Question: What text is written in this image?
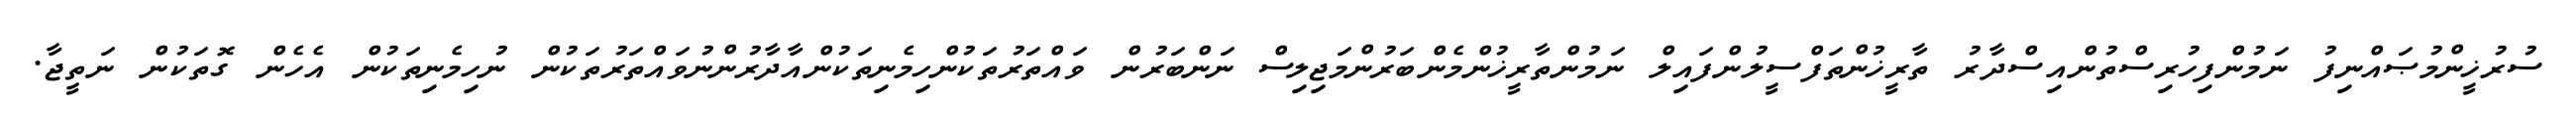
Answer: ސުރުޚީންމުޞައްނިފު ނަމުންފިހުރިސްތުންއިސްދާރު ތާރީޚުންތަފްސީލުންފައިލް ނަމުންތާރީޚުންމެންބަރުންމަޖިލިސް ނަންބަރުން ވައްތަރުތަކުންހިމެނިތަކުންއާދާރުންނުވައްތަރުތަކުން ނުހިމެނިތަކުން އެހެން ގޮތަކުން ނަތީޖާ.